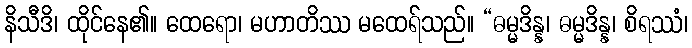
နိသီဒိ၊ ထိုင်နေ၏။ ထေရော၊ မဟာတိဿ မထေရ်သည်။ “ဓမ္မဒိန္န၊ ဓမ္မဒိန္န၊ စိရဿံ၊